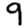
Digit: 9